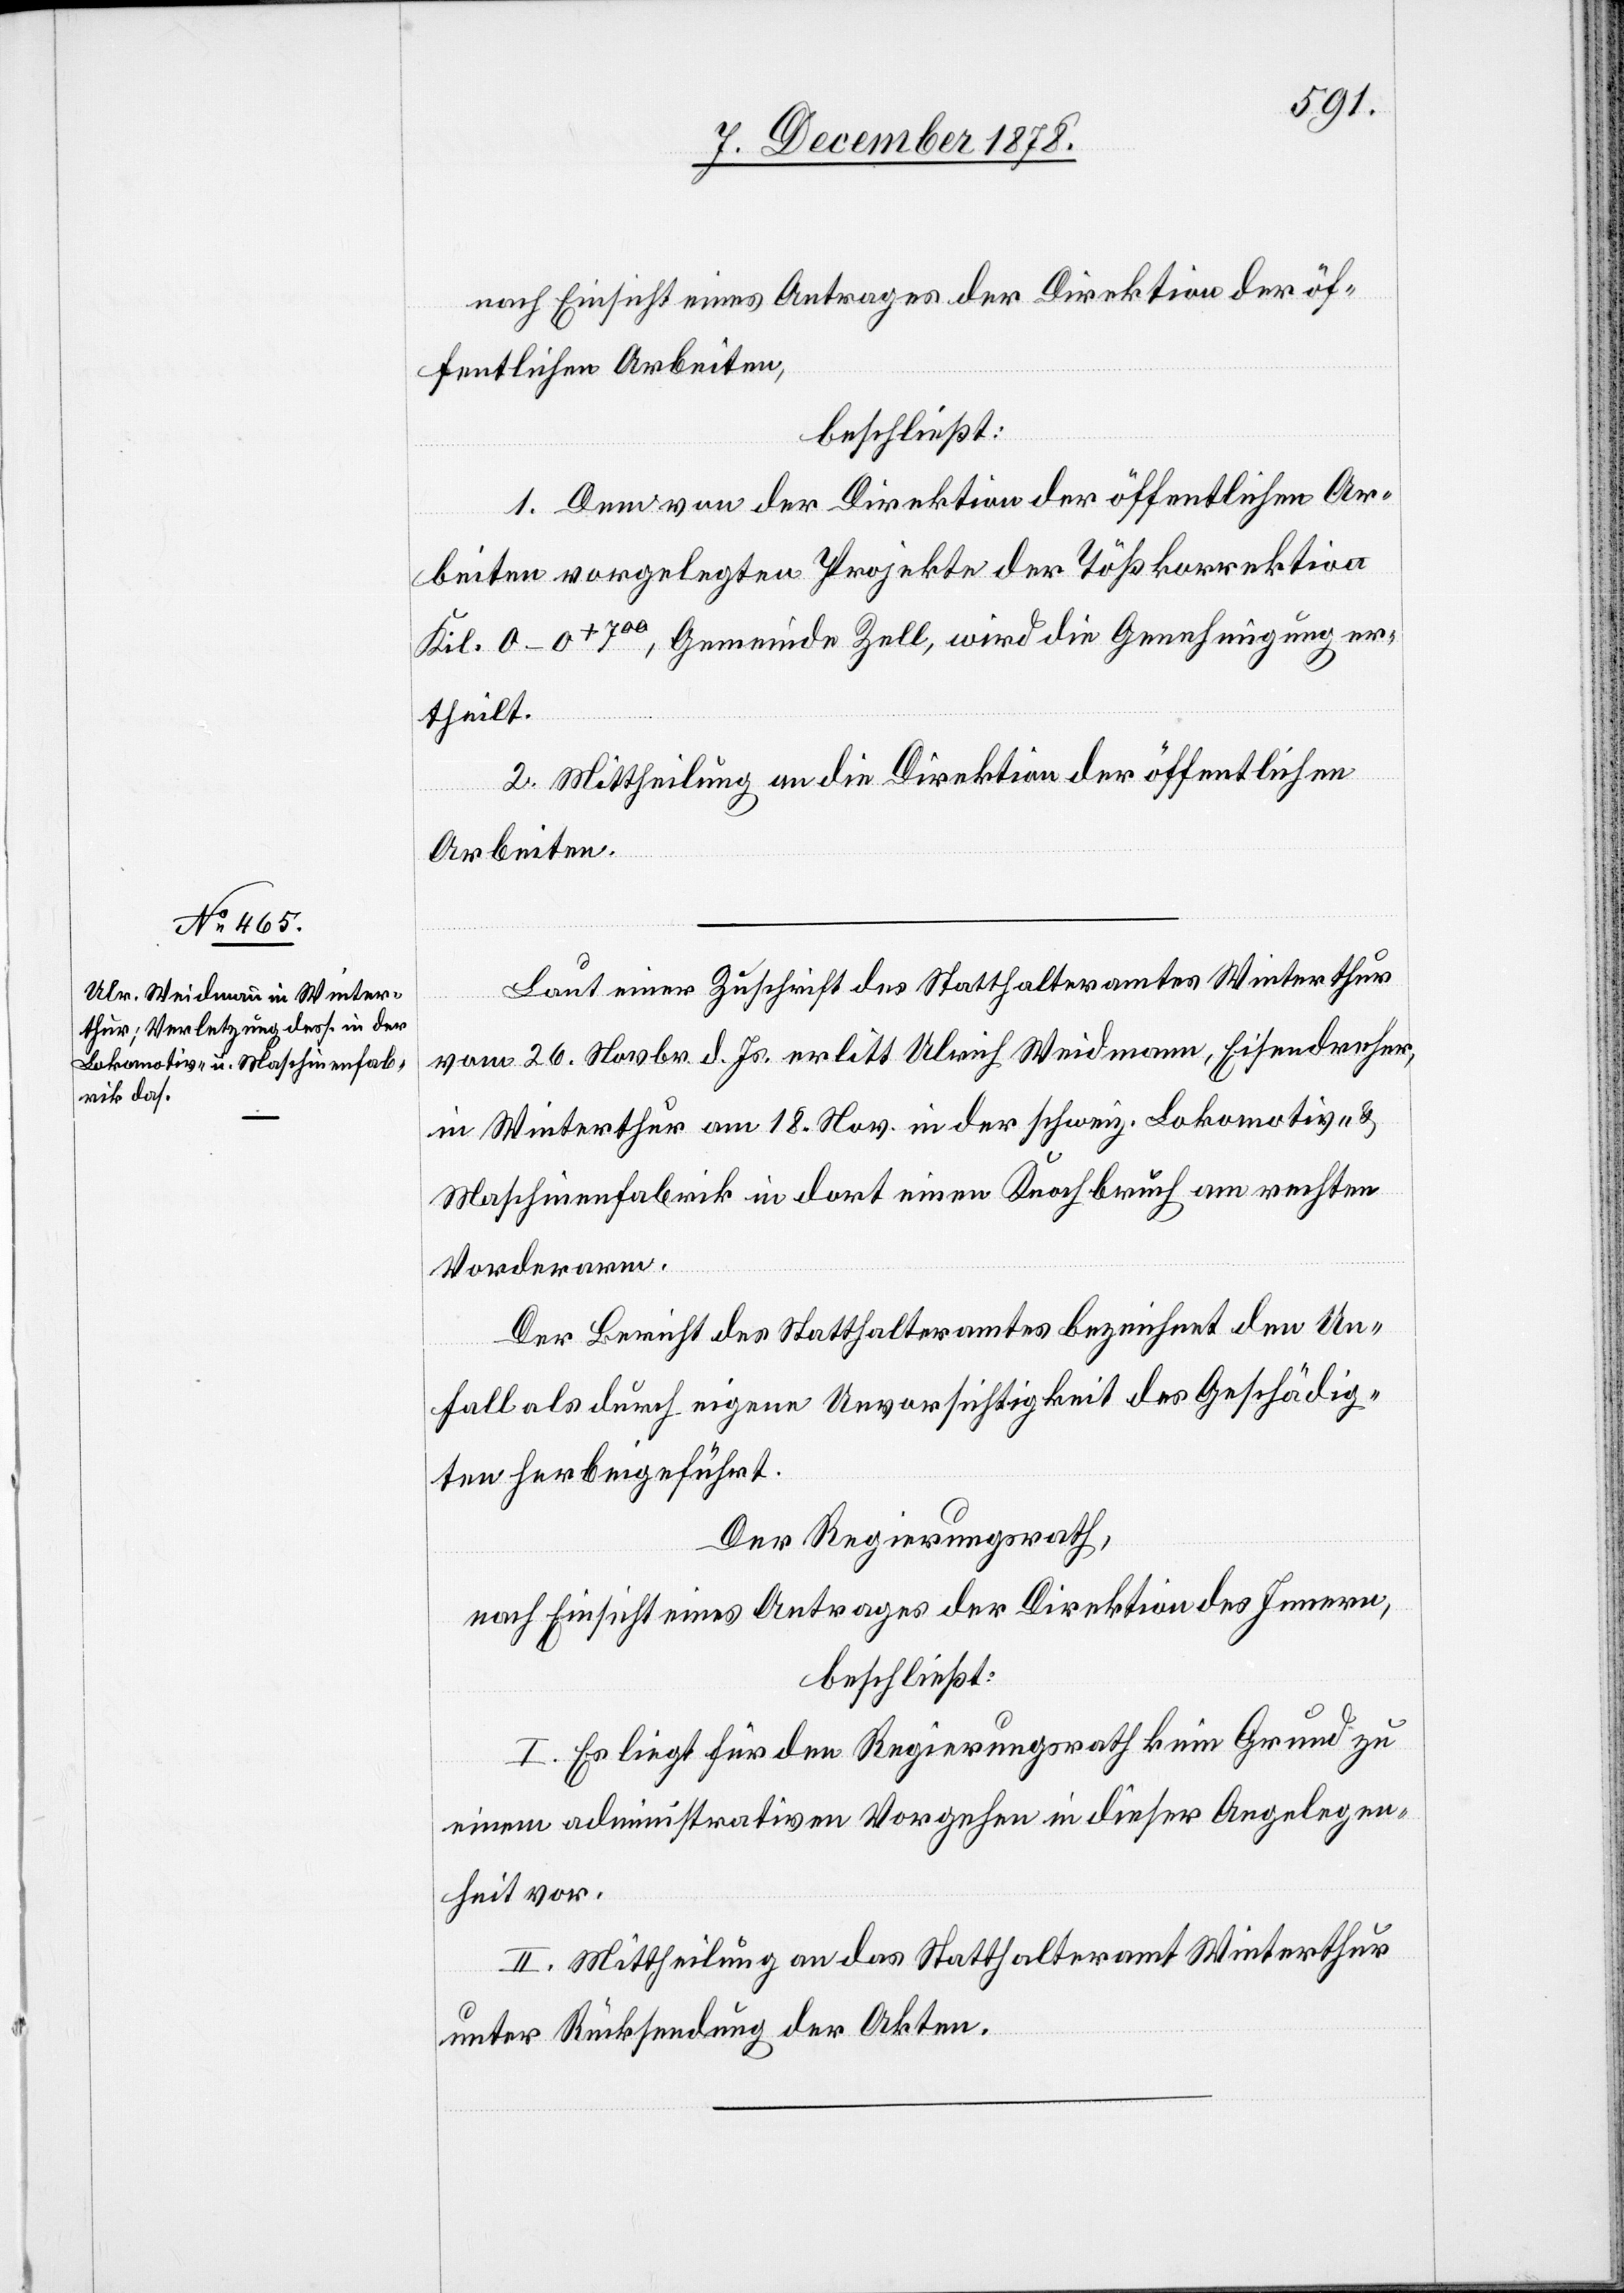
nach Einsicht eines Antrages der Direktion der öf¬
fentlichen Arbeiten,
beschließt:
1. Dem von der Direktion der öffentlichen Ar¬
beiten vorgelegten Projekte der Tößkorrektion
Kil. 0–0+700, Gemeinde Zell, wird die Genehmigung er¬
theilt.
2. Mittheilung an die Direktion der öffentlichen
Arbeiten.
Laut einer Zuschrift des Statthalteramtes Winterthur
vom 26. Novbr. d. Js. erlitt Ulrich Weidmann, Eisendreher,
in Winterthur am 18. Nov. in der schweiz. Lokomotiv- &
Maschinenfabrik in dort einen Knoch[en]bruch am rechten
Vorderarm.
Der Bericht des Statthalteramtes bezeichnet den Un¬
fall als durch eigene Unvorsichtigkeit des Geschädig¬
ten herbeigeführt.
Der Regierungsrath,
nach Einsicht eines Antrages der Direktion des Innern,
beschließt:
I. Es liegt für den Regierungsrath kein Grund zu
einem administrativen Vorgehen in dieser Angelegen¬
heit vor.
II. Mittheilung an das Statthalteramt Winterthur
unter Rücksendung der Akten.